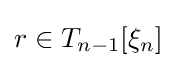
r\in T_{n-1}[\xi _{n}]